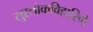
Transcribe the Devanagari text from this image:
सुरलोकविहारिणे